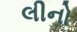
લીનો